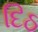
દિઠ